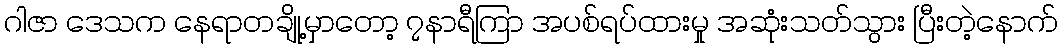
ဂါဇာ ဒေသက နေရာတချို့မှာတော့ ၇နာရီကြာ အပစ်ရပ်ထားမှု အဆုံးသတ်သွား ပြီးတဲ့နောက်